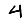
Digit: 4